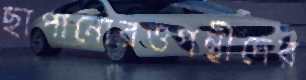
ছাপানোরওপন্থীদের